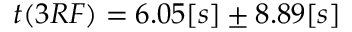
t ( 3 R F ) = 6 . 0 5 [ s ] \pm 8 . 8 9 [ s ]